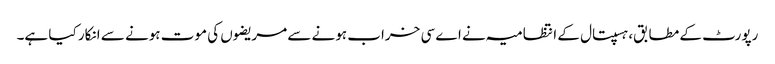
رپورٹ کے مطابق، ہسپتال کے انتظامیہ نے اے سی خراب ہونے سے مریضوں کی موت ہونے سے انکار کیا ہے۔